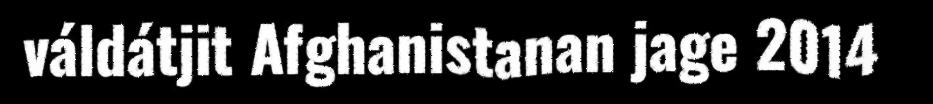
váldátjit Afghanistanan jage 2014